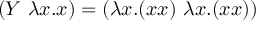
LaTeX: ( Y \ \lambda x . x ) = ( \lambda x . ( x x ) \ \lambda x . ( x x ) )